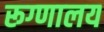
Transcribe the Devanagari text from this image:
रूग्‍णालय